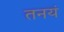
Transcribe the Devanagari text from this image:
तनयं